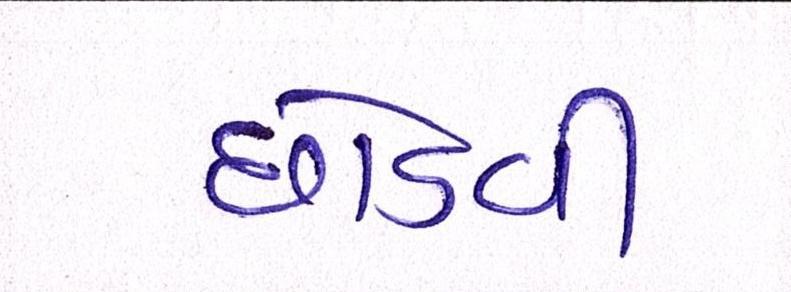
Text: છોડવી